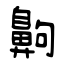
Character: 齁